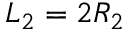
L _ { 2 } = 2 R _ { 2 }